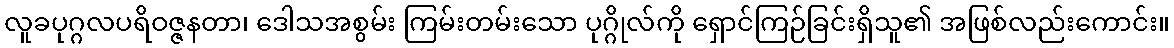
လူခပုဂ္ဂလပရိဝဇ္ဇနတာ၊ ဒေါသအစွမ်း ကြမ်းတမ်းသော ပုဂ္ဂိုလ်ကို ရှောင်ကြဉ်ခြင်းရှိသူ၏ အဖြစ်လည်းကောင်း။